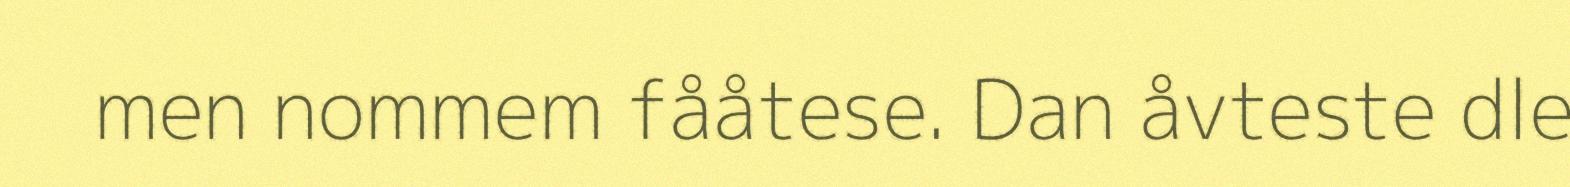
men nommem fååtese. Dan åvteste dle